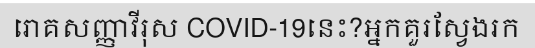
រោគសញ្ញាវីរុស COVID-19នេះ?អ្នកគួរស្វែងរក